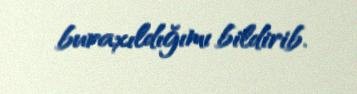
buraxıldığımı bildirib.